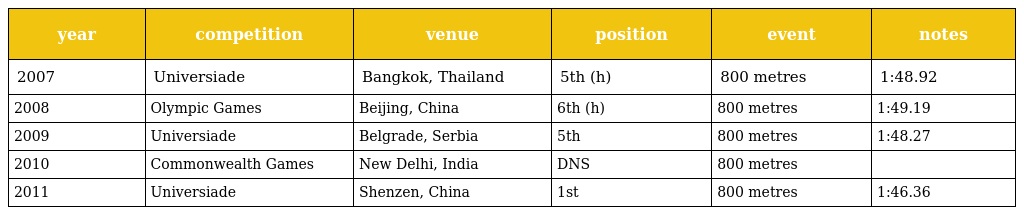
| year | competition | venue | position | event | notes |
 | --- | --- | --- | --- | --- | --- |
 | 2007 | Universiade | Bangkok, Thailand | 5th (h) | 800 metres | 1:48.92 |
 | 2008 | Olympic Games | Beijing, China | 6th (h) | 800 metres | 1:49.19 |
 | 2009 | Universiade | Belgrade, Serbia | 5th | 800 metres | 1:48.27 |
 | 2010 | Commonwealth Games | New Delhi, India | DNS | 800 metres |  |
 | 2011 | Universiade | Shenzen, China | 1st | 800 metres | 1:46.36 |